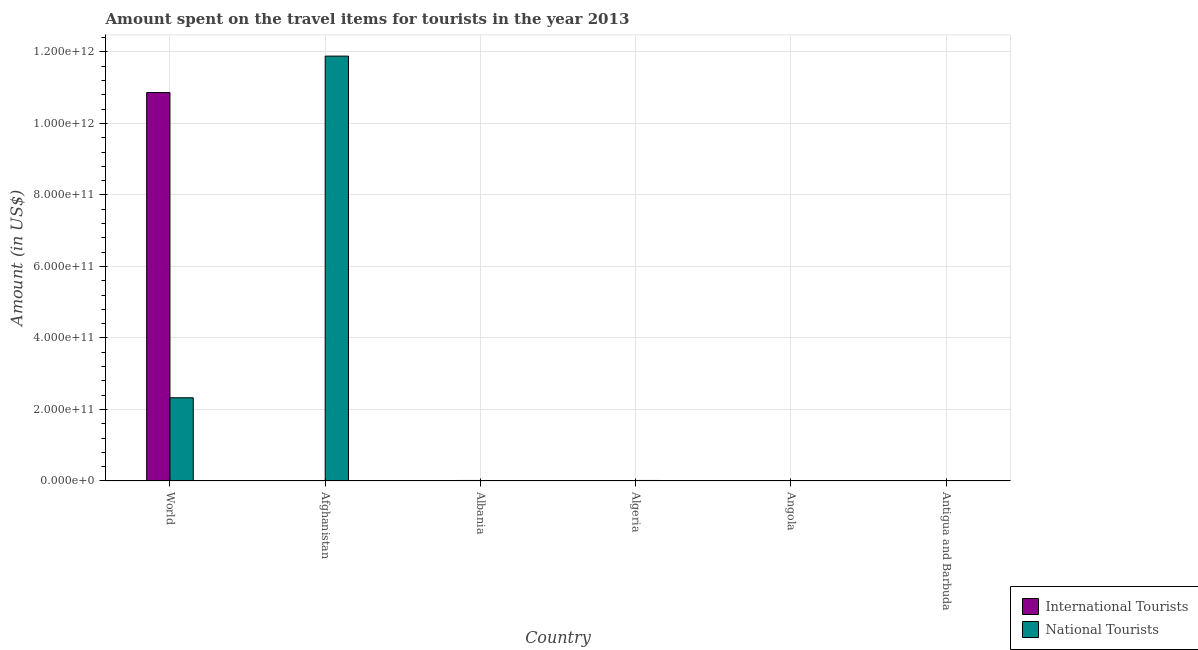
| Country | International Tourists | National Tourists |
 | --- | --- | --- |
 | World | 1.09e+12 | 2.33e+11 |
 | Afghanistan | 9.4e+07 | 1.19e+12 |
 | Albania | 1.48e+09 | 5.6e+07 |
 | Algeria | 4.22e+08 | 1.47e+09 |
 | Angola | 1.66e+08 | 2.5e+08 |
 | Antigua and Barbuda | 5e+07 | 1.23e+09 |